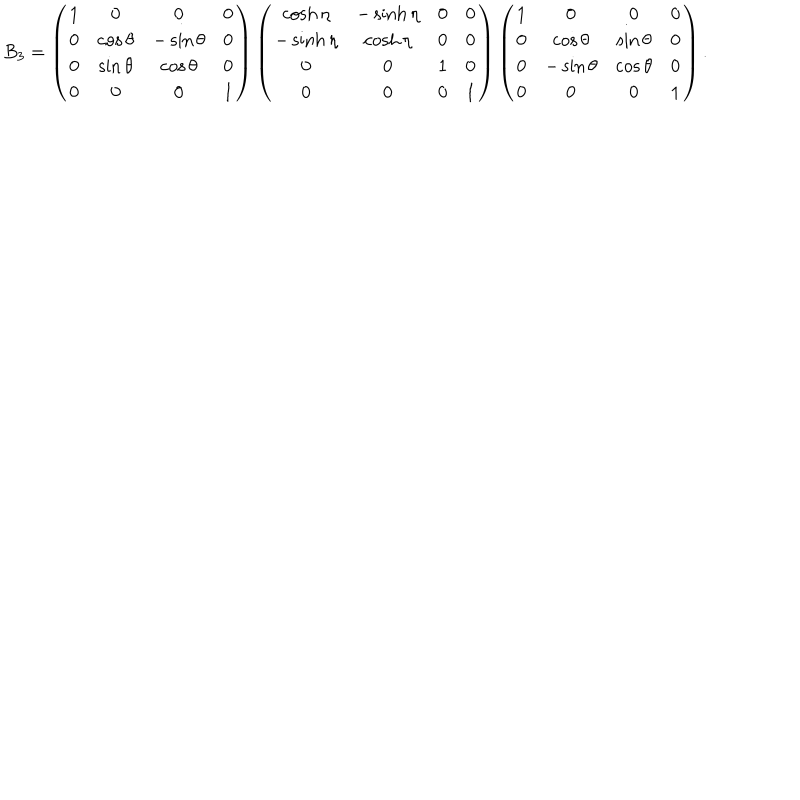
B _ { 3 } = \left( \begin{matrix} { { 1 } } & { { 0 } } & { { 0 } } & { { 0 } } \\ { { 0 } } & { { \cos \theta } } & { { - \sin \theta } } & { { 0 } } \\ { { 0 } } & { { \sin \theta } } & { { \cos \theta } } & { { 0 } } \\ { { 0 } } & { { 0 } } & { { 0 } } & { { 1 } } \\ \end{matrix} \right) \left( \begin{matrix} { { \cosh \eta } } & { { - \sinh \eta } } & { { 0 } } & { { 0 } } \\ { { - \sinh \eta } } & { { \cosh \eta } } & { { 0 } } & { { 0 } } \\ { { 0 } } & { { 0 } } & { { 1 } } & { { 0 } } \\ { { 0 } } & { { 0 } } & { { 0 } } & { { 1 } } \\ \end{matrix} \right) \left( \begin{matrix} { { 1 } } & { { 0 } } & { { 0 } } & { { 0 } } \\ { { 0 } } & { { \cos \theta } } & { { \sin \theta } } & { { 0 } } \\ { { 0 } } & { { - \sin \theta } } & { { \cos \theta } } & { { 0 } } \\ { { 0 } } & { { 0 } } & { { 0 } } & { { 1 } } \\ \end{matrix} \right) .